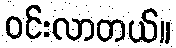
ဝင်းလာတယ်။